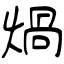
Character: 煱